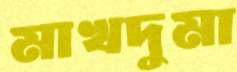
মাখদুমা